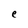
Character: e